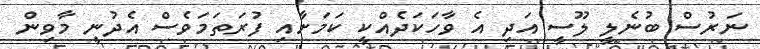
ނަރުސް ބުނެލީ ލޫސީ އަދި އެ ވާހަކަދެއްކީ ކަމަށާއި ފުރަތަމަވެސް އެދުނީ މާވިން